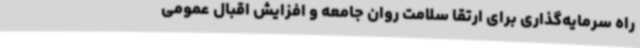
راه سرمایه‌گذاری برای ارتقا سلامت روان جامعه و افزایش اقبال عمومی